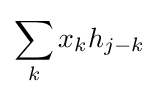
\sum _{k}x_{k}h_{j-k}